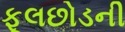
ફૂલછોડની